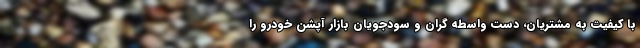
با کیفیت به مشتریان،‌ دست واسطه گران و سودجویان بازار آپشن خودرو را